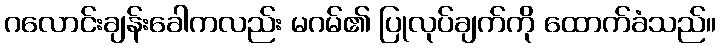
ဂလောင်းချန်းခေါကလည်း မဂမ်၏ ပြုလုပ်ချက်ကို ထောက်ခံသည်။